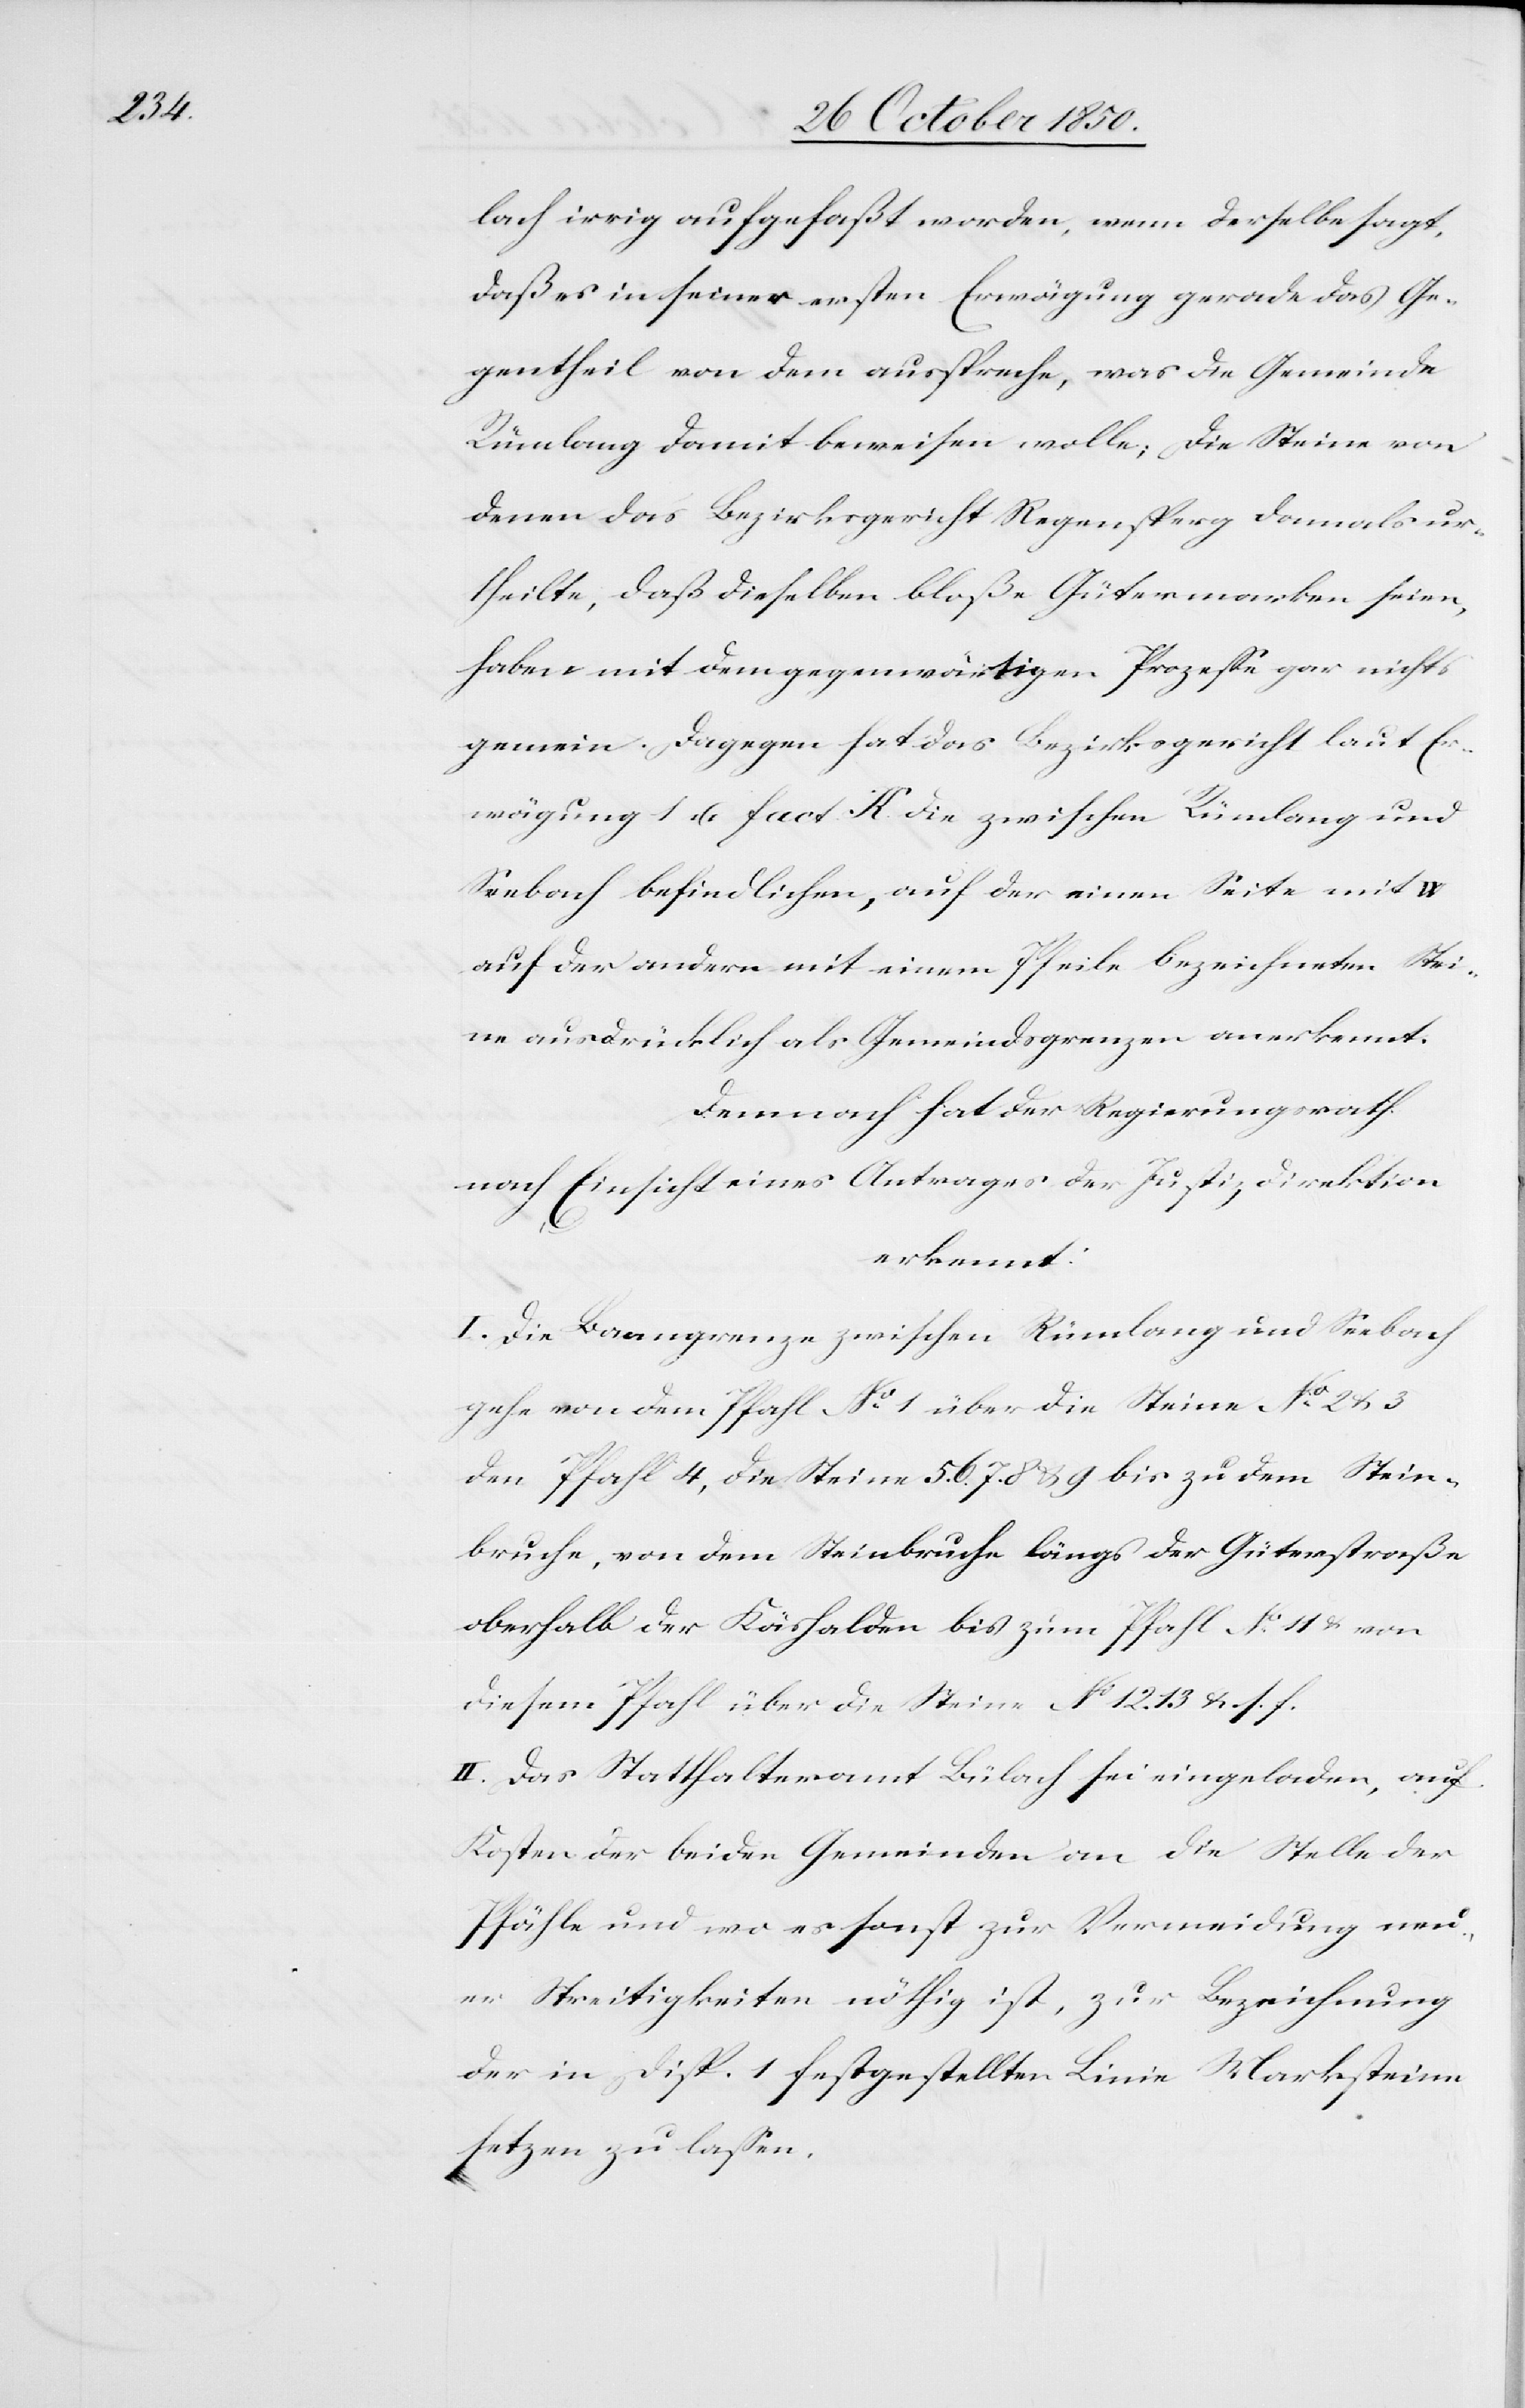
lach irrig aufgefaßt worden, wenn derselbe sagt,
daß es in seiner ersten Erwägung gerade das Ge¬
gentheil von dem ausspreche, was die Gemeinde
Rümlang damit beweisen wolle; Die Steine von
denen des Bezirksgericht Regensperg damals ur¬
theilte, daß dieselben bloße Gütermarken seien,
haben mit dem gegenwärtigen Prozesse gar nichts
gemein. Dagegen hat das Bezirksgericht laut Er¬
wägung 1 u. fact. K. die zwischen Rümlang und
Seebach befindlichen, auf der einen Seite mit W
auf der andern mit einem Pfeile bezeichneten Stei¬
ne ausdrücklich als Gemeindsgrenzen anerkennt.
Demnach hat der Regierungsrath
nach Einsicht eines Antrages der Justiz-Direktion
erkennt:
I. Die Banngrenze zwischen Rümlang und Seebach
gehe von dem Pfahl No 1 über die Steine No 2 & 3
den Pfahl 4, die Steine 5. 6. 7. 8 & 9 bis zu dem Stein¬
bruche, von dem Steinbruche längs der Güterstraße
oberhalb der Käshalden bis zum Pfahl No 11 & von
diesem Pfahl über die Steine No 12. 13 u. s. f.
II. Das Statthalteramt Bülach sei eingeladen, auf
Kosten der beiden Gemeinden an die Stelle der
Pfähle und wo es sonst zur Vermeidung neu¬
er Streitigkeiten nöthig ist, zur Bezeichnung
der in Disp. 1 festgestellten Linie Marksteine
setzen zu lassen.